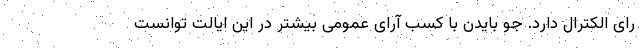
رای الکترال دارد. جو بایدن با کسب آرای عمومی بیشتر در این ایالت توانست